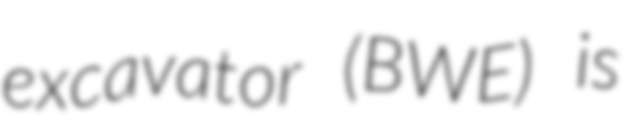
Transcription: excavator (BWE) is